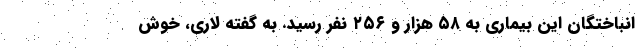
انباختگان این بیماری به ۵۸ هزار و ۲۵۶ نفر رسید. به گفته لاری، خوش